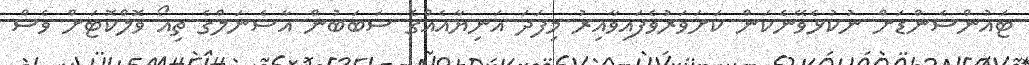
ޓައުންސެންޑަށް ނުކުޅެވޭނެކަން ކަށަވަރުވެފައިވާއިރު މިފަދަ އަނިޔާއެއްގެ ސަބަބުން އާސެނަލްގެ ތިއޯ ވޮލްކޮޓަށް ވެސް